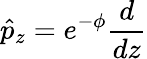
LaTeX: \hat{p}_{z}=e^{-\phi}\frac{d}{dz}